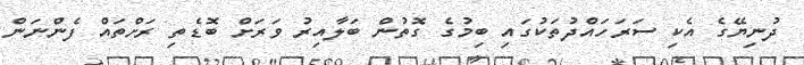
ދުނިޔޭގެ އެކި ސަރަހައްދުތަކުގައި ބިމުގެ ގޮތުން ބަލާއިރު ވަރަށް ބޮޑެތި ރަށްތައް ފެންނަން